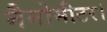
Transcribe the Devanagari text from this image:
नैनोमीटर।